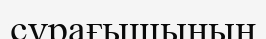
сұрағышының